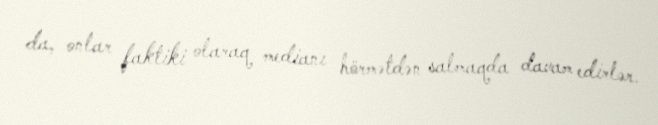
da, onlar faktiki olaraq medianı hörmətdən salmaqda davam edirlər.